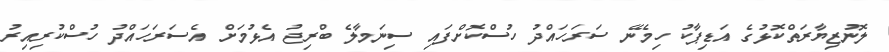
ލޮނުޒިޔާރަތްކޮޅުގެ އަޑިޕާކު ހިމެނޭ ސަރަހައްދު ހުސްކޮށްފައި ސިނަމާލެ ބްރިޖު އެޅުމަށް އެސަރަހައްދު ހުސްކުރިއިރު